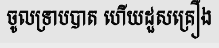
ចូលទ្រាបបាត ហើយដួសគ្រឿង